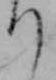
り